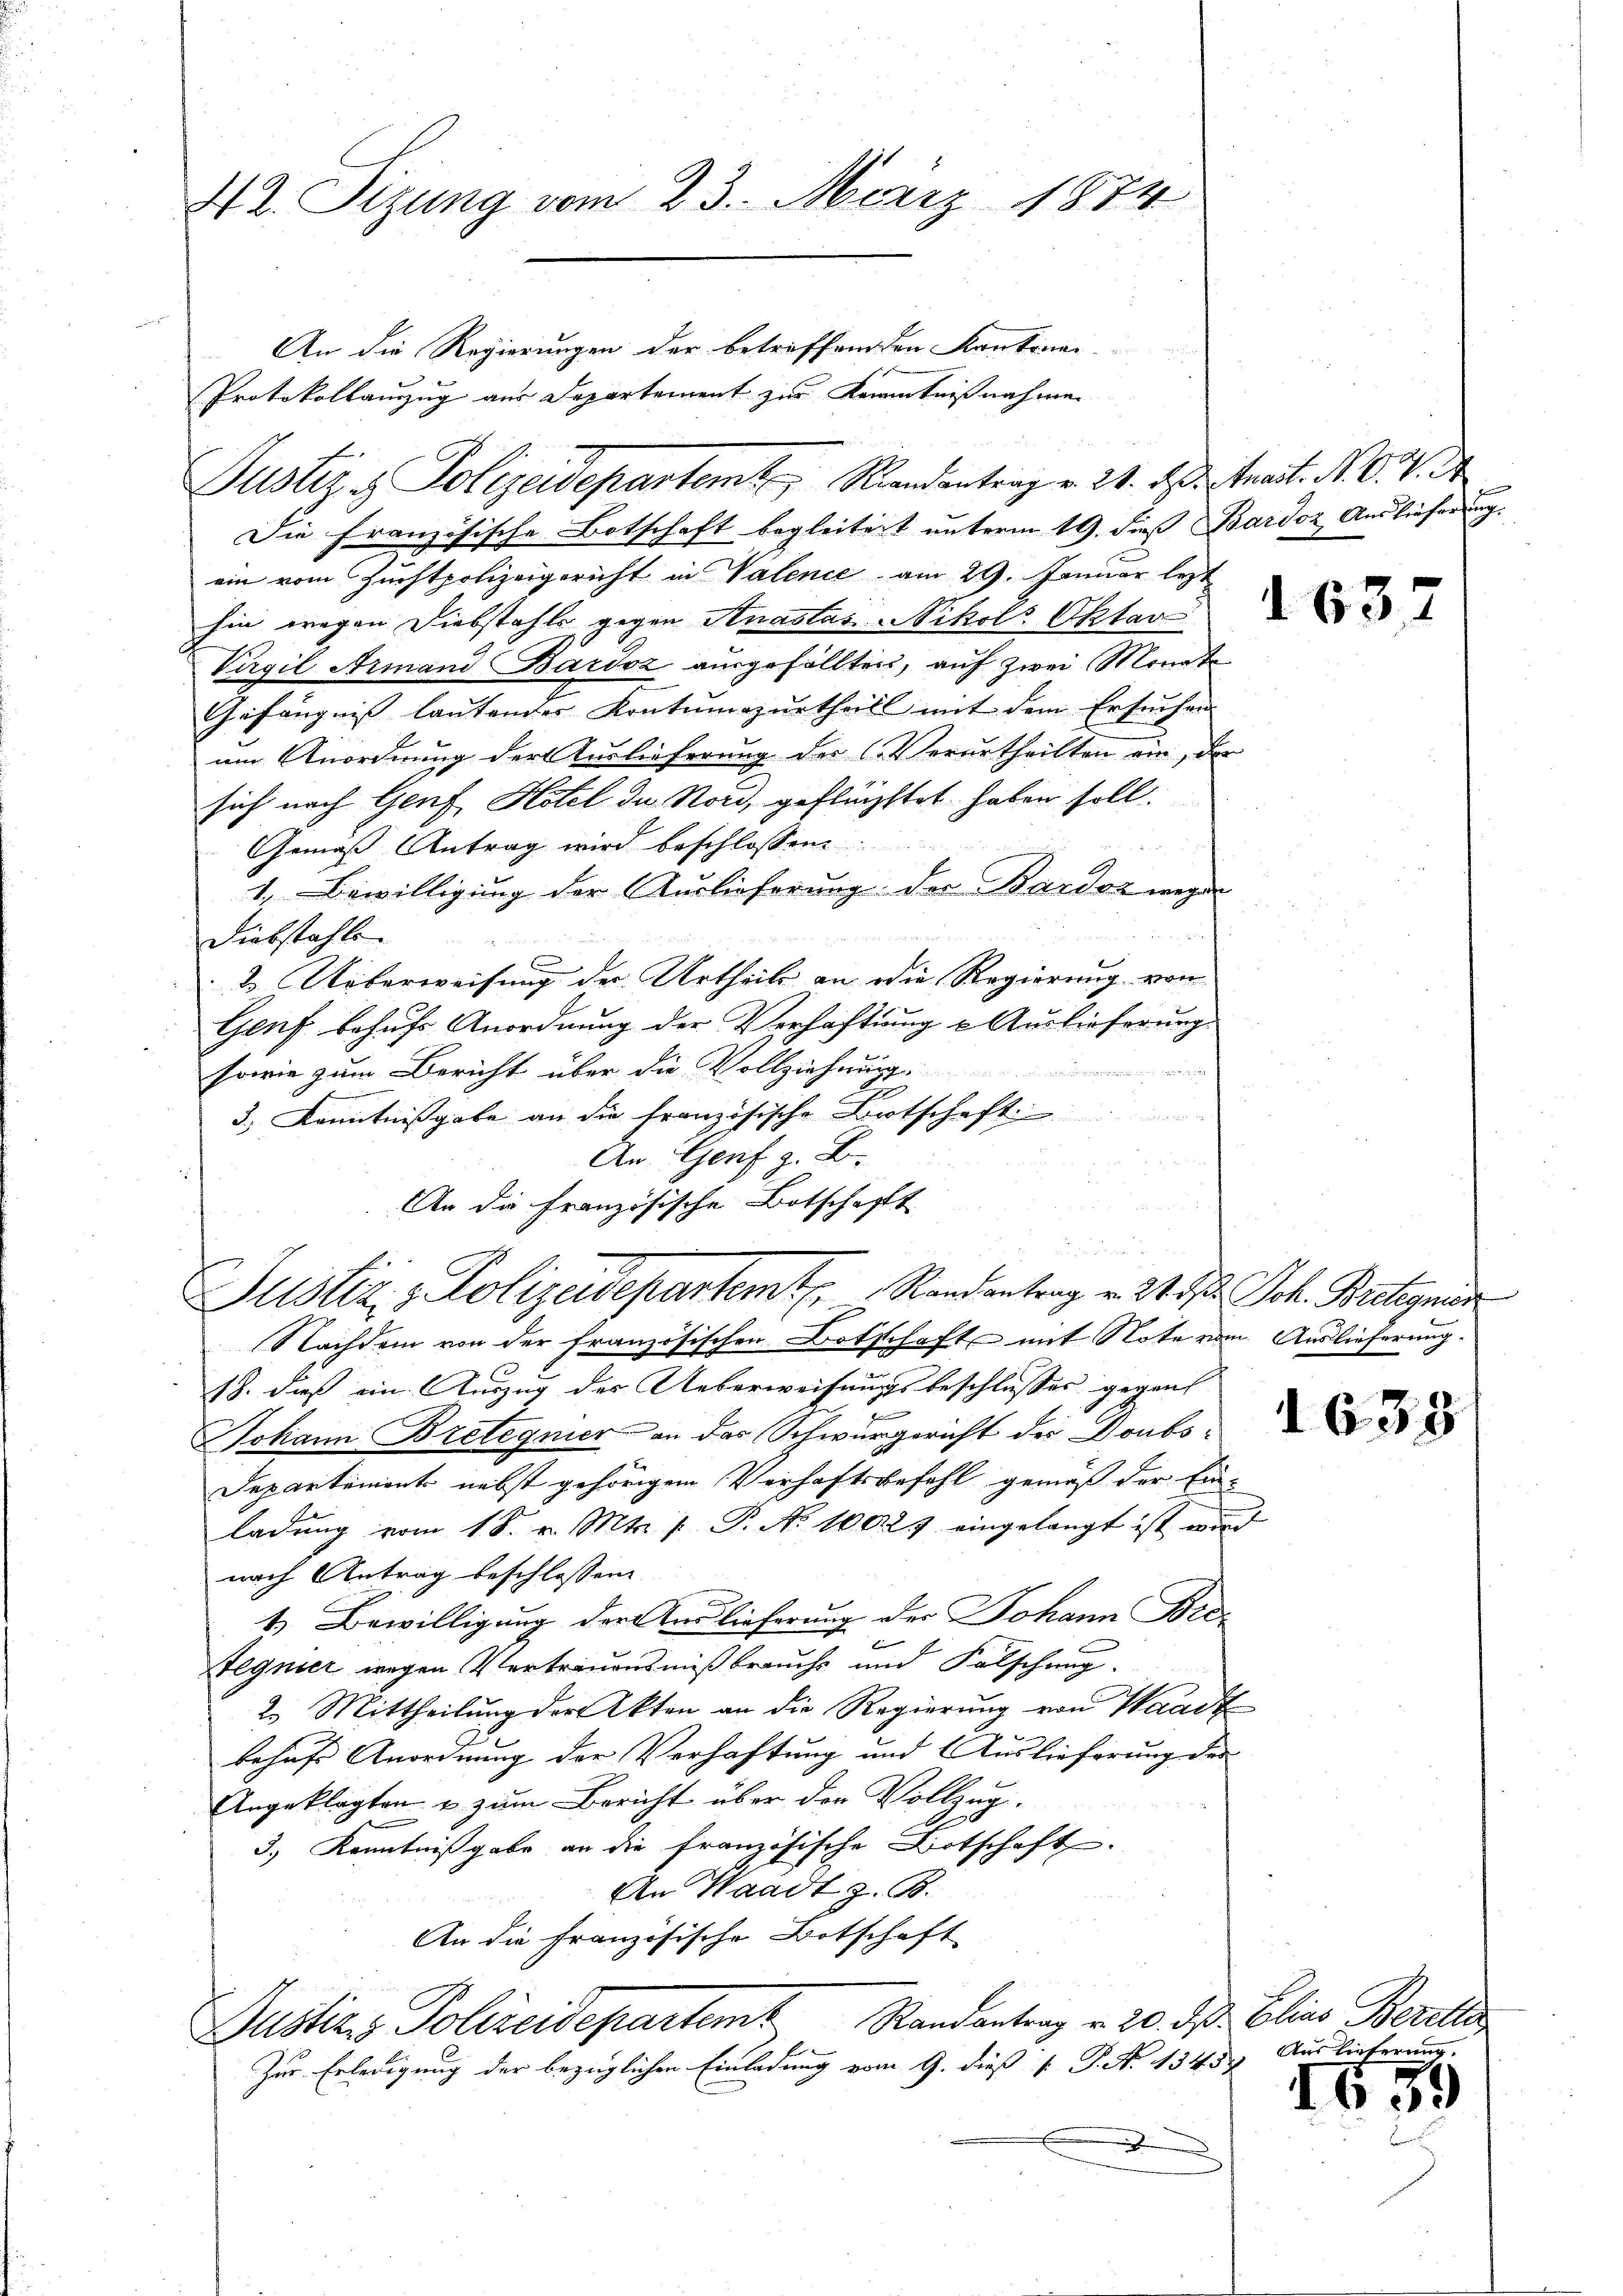
42. Sizung vom 23. März 1874
An die Regierungen der betreffend den Kantonen-
Protokollauszug aus Departement zur Kenntnißnahmen

Justiz & Polizeidepartem Randantrag v. 21. des Strast. Nr. 94.
Die französische Botschaft begleitert unterm 19. dieß Bardoz Auslieferung.
ein vom Zuchtpolizeigericht in Valence am 29. Januar lezt
hin wegen Diebstahls gegen Anastas Nikol Oktav
Virgil Armand Bardoz ausgefällten, auf zwei Monate
Gefängnis lautender Kontumazŭrtheils mit dem Ersuchen
um Anordnung der Auslieferung der Verurtheilten ein, der
sich nach Genf, Hotel de Nori, geflüchtet haben soll.
Gemäß Antrag wird beschlossen.
1. Bewilligung der Auslieferung der Bardoz wegen
Diebstahlen

2. Ueberweisung der Urtheils an die Regierung von
Genf behufs Anordnung der Verhaftung u. Auslieferung
w
sowie zum Bericht über die Vollziehung
3.) Kenntnissgabe an die französische Botschaft
An Genf z. B.
An die Französische Botschafft

u
Justiz- & Polizeidepartemt. Randantrag v. 21. d. Joh. Bretagnis
Nachdem von der französischen Botschaft mit Note vom Auslieferung.

18. dieß ein Auszug des Ueberweisungsbeschlusses gegenh
2
Johann Brelegnier an das Schwurgericht des Doubs-
Departement nebst gehörigem Verhaftsbefehl gemäß der Einladung vom 1 S. v. Mts. /: P. No 1002 eingelangt ist wird
nach Antrag beschlossen:
1. Bewilligung der Auslieferung der Johann Bre¬
Tegnier wegen Vertrauensmißbrauchs und Falschung.
2. Mittheilung der Akten an die Regierung von Waadt
behufs Anordnung der Verhaftung und Auslieferung der
Angeklagten & zum Bericht über der Vollzug.
3.) Kenntnißgabe an die französische Botschaft
An Waadt z. B.
An die französische Botschaft
Justiz & Polizeidepartem Randantrag v. 20. ds. Elias Beroll
Zur Erledigung der bezüglichen Einladung vom 9. dieß [ P. No 1345) Auslieferung.

u

d 63

1631

169

.